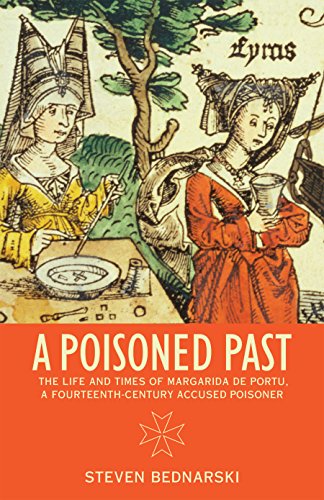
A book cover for A Poisoned Past: The Life and Times of Margarida de Portu, a Fourteenth-Century Accused Poisoner (Thinking Historically); Steven Bednarski; History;